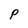
Character: P